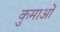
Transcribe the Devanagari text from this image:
कुमाओं